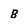
Character: B